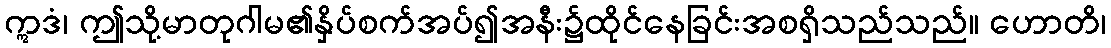
ဣဒံ၊ ဤသို့မာတုဂါမ၏နှိပ်စက်အပ်၍အနီး၌ထိုင်နေခြင်းအစရှိသည်သည်။ ဟောတိ၊